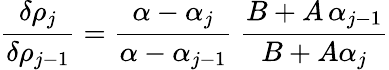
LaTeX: \frac{\delta\rho_{j}}{\delta\rho_{j-1}}=\frac{\alpha-\alpha_{j}}{\alpha-\alpha_{j-1}}\ \frac{B+A\, \alpha_{j-1}}{B+A\alpha_{j}}